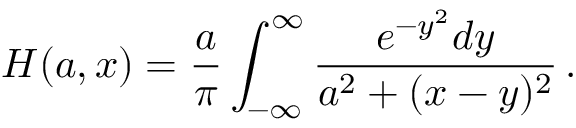
H ( a , x ) = \frac { a } { \pi } \int _ { - \infty } ^ { \infty } \frac { e ^ { - y ^ { 2 } } d y } { a ^ { 2 } + ( x - y ) ^ { 2 } } \, .